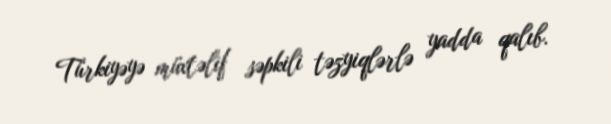
Türkiyəyə müxtəlif səpkili təzyiqlərlə yadda qalıb.